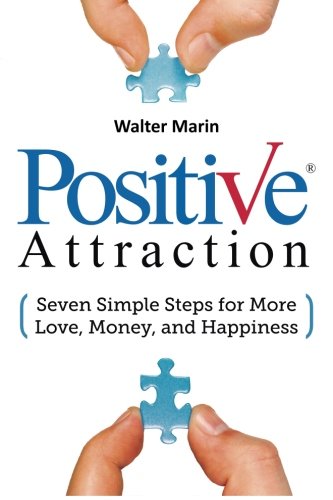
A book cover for Positive Attraction: Seven Simple Steps for More Love, Money, and Happiness; Walter Marin; Self-Help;